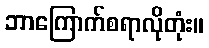
ဘာကြောက်စရာလိုတုံး။